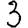
Digit: 3